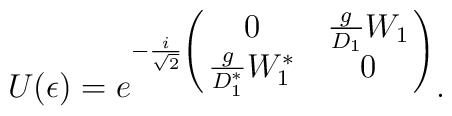
U(\epsilon)=e^{-{\frac{i}{\sqrt{2}}\left( \matrix{0&\frac{g}{D_1}W_1 \cr         \frac{g}{D^*_1}W^*_1 &0\cr}\right) }}.